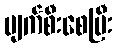
ပျက်စီးစေပြီး